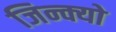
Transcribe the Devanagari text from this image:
जिन्क्यो